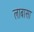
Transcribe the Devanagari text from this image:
लाबासा